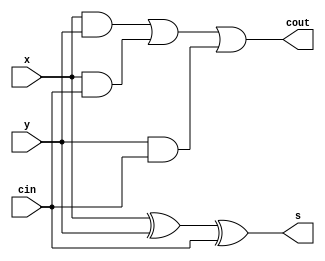
`timescale 1ns / 1ps
//////////////////////////////////////////////////////////////////////////////////
// Company: 
// Engineer: 
// 
// Design Name: 
// Module Name: lab1_1
// Project Name: 
// Target Devices: 
// Tool Versions: 
// Description: 
// 
// Dependencies: 
// 
// Revision:
// Revision 0.01 - File Created
// Additional Comments:
// 
//////////////////////////////////////////////////////////////////////////////////

module lab1( 
input x, y, cin,
output s, cout
); 
assign s=x^y^cin; 
assign cout= x&y | x&cin | y&cin;
endmodule